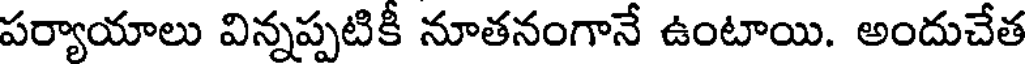
పర్యాయాలు విన్నప్పటికీ నూతనంగానే ఉంటాయి. అందుచేత